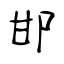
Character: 邯